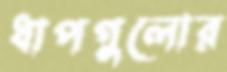
ধাপগুলোর